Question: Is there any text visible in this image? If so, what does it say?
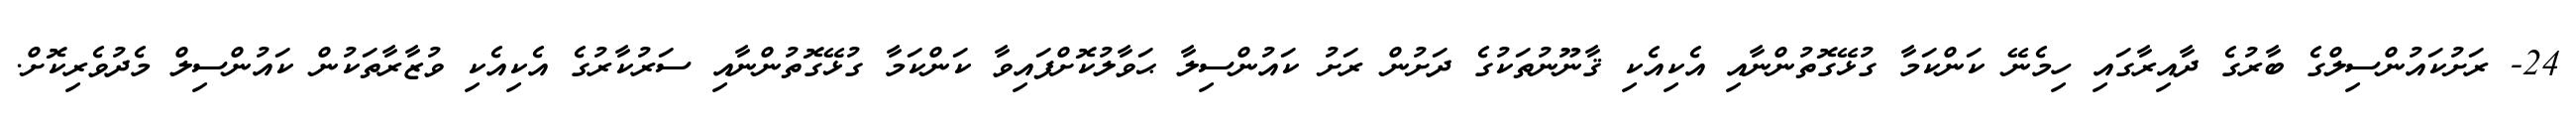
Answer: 24- ރަށުކައުންސިލްގެ ބާރުގެ ދާއިރާގައި ހިމެނޭ ކަންކަމާ ގުޅޭގޮތުންނާއި އެކިއެކި ޤާނޫނުތަކުގެ ދަށުން ރަށު ކައުންސިލާ ޙަވާލުކޮށްފައިވާ ކަންކަމާ ގުޅޭގޮތުންނާއި ސަރުކާރުގެ އެކިއެކި ވުޒާރާތަކުން ކައުންސިލް މެދުވެރިކޮށް.